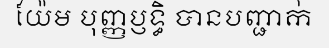
យ៉ែម បុញ្ញប្ញទ្ធិ បានបញ្ជាក់